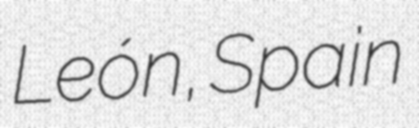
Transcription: León, Spain